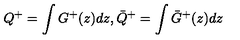
Q ^ { + } = \int G ^ { + } ( z ) d z , { \bar { Q } } ^ { + } = \int { \bar { G } } ^ { + } ( z ) d z